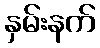
နှမ်းနက်